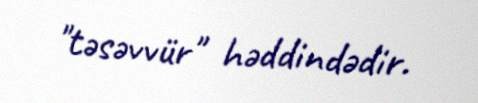
"təsəvvür" həddindədir.